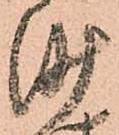
沙